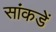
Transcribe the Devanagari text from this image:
सांकडें